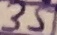
Text: 35